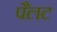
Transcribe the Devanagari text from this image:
पैलट